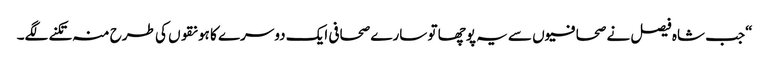
“جب شاہ فیصل نے صحافیوں سے یہ پوچھا تو سارے صحافی ایک دوسرے کا ہونقوں کی طرح منہ تکنے لگے۔